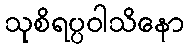
သုစိရပ္ပဝါသိနော